Report on vaccination in Madras 1877-1894 - 1877-1894
Year: 1877
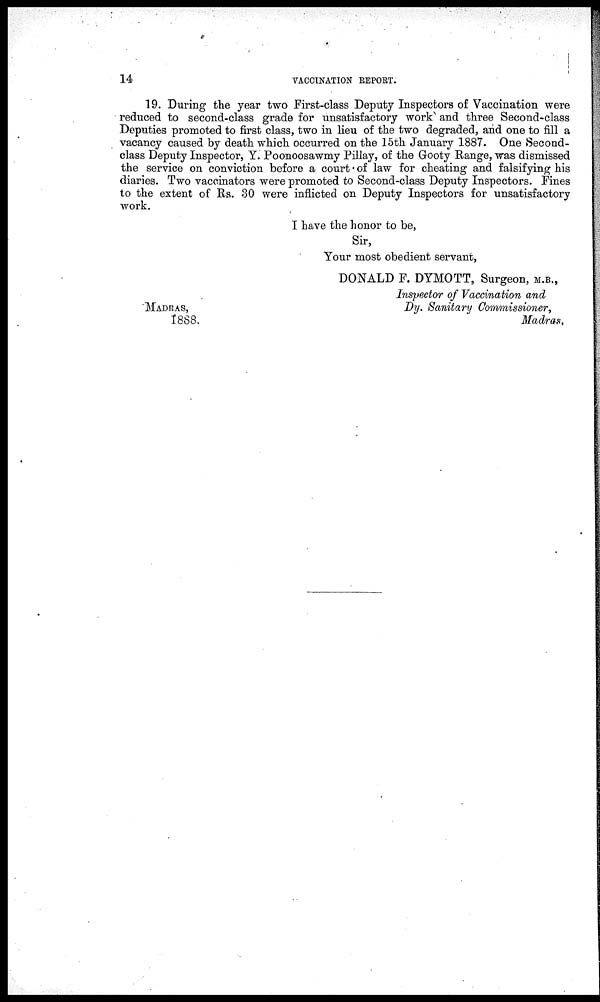
14
VACCINATION REPORT.
19. During the year two First-class Deputy Inspectors of Vaccination were
reduced to second-class grade for unsatisfactory work and three Second-class
Deputies promoted to first class, two in lieu of the two degraded, and one to fill a
vacancy caused by death which occurred on the 15th January 1887. One Second-
class Deputy Inspector, Y. Poonoosawmy Pillay, of the Gooty Range, was dismissed
the service on conviction before a court of law for cheating and falsifying his
diaries. Two vaccinators were promoted to Second-class Deputy Inspectors. Fines
to the extent of Rs. 30 were inflicted on Deputy Inspectors for unsatisfactory
work.
I have the honor to be,
Sir,
Your most obedient servant,
DONALD F. DYMOTT, Surgeon, M.B.,
Inspector of Vaccination and
Dy. Sanitary Commissioner,
Madras,
MADRAS,
1888.